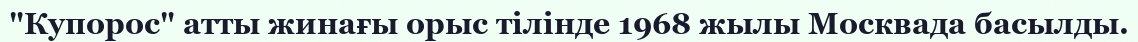
"Купорос" атты жинағы орыс тілінде 1968 жылы Москвада басылды.